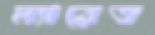
ম্যারেড